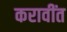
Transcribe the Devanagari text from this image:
करावींत